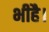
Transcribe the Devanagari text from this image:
भीहै।